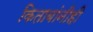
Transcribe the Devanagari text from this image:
किताबांनीही